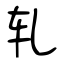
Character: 轧